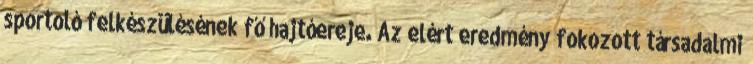
sportoló felkészülésének fő hajtóereje. Az elért eredmény fokozott társadalmi